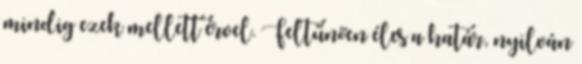
mindig ezek mellett érvel. Feltűnően éles a határ, nyilván